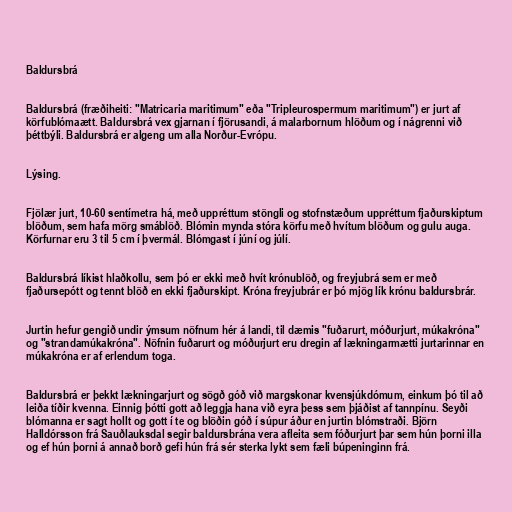
Baldursbrá

Baldursbrá (fræðiheiti: "Matricaria maritimum" eða "Tripleurospermum maritimum") er jurt af
körfublómaætt. Baldursbrá vex gjarnan í fjörusandi, á malarbornum hlöðum og í nágrenni við
þéttbýli. Baldursbrá er algeng um alla Norður-Evrópu.

Lýsing.

Fjölær jurt, 10-60 sentímetra há, með uppréttum stöngli og stofnstæðum uppréttum fjaðurskiptum
blöðum, sem hafa mörg smáblöð. Blómin mynda stóra körfu með hvítum blöðum og gulu auga.
Körfurnar eru 3 til 5 cm í þvermál. Blómgast í júní og júlí.

Baldursbrá líkist hlaðkollu, sem þó er ekki með hvít krónublöð, og freyjubrá sem er með
fjaðursepótt og tennt blöð en ekki fjaðurskipt. Króna freyjubrár er þó mjög lík krónu baldursbrár.

Jurtin hefur gengið undir ýmsum nöfnum hér á landi, til dæmis "fuðarurt, móðurjurt, múkakróna"
og "strandamúkakróna". Nöfnin fuðarurt og móðurjurt eru dregin af lækningarmætti jurtarinnar en
múkakróna er af erlendum toga.

Baldursbrá er þekkt lækningarjurt og sögð góð við margskonar kvensjúkdómum, einkum þó til að
leiða tíðir kvenna. Einnig þótti gott að leggja hana við eyra þess sem þjáðist af tannpínu. Seyði
blómanna er sagt hollt og gott í te og blöðin góð í súpur áður en jurtin blómstraði. Björn
Halldórsson frá Sauðlauksdal segir baldursbrána vera afleita sem fóðurjurt þar sem hún þorni illa
og ef hún þorni á annað borð gefi hún frá sér sterka lykt sem fæli búpeninginn frá.